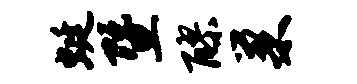
蜓暨醪巢